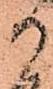
御